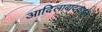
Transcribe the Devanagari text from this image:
आदिलाबादकडून